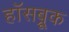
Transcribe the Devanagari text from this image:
हॉसब्रूक